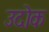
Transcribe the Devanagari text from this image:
उदोक